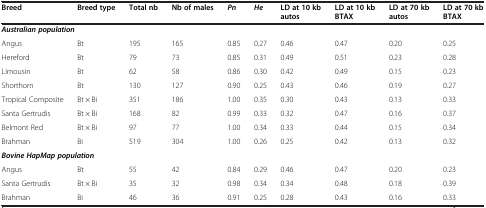
<table><thead><tr><td><b>Breed</b></td><td><b>Breed type</b></td><td><b>Total nb</b></td><td><b>Nb of males</b></td><td><b><i>Pn</i></b></td><td><b><i>He</i></b></td><td><b>LD at 10 kb autos</b></td><td><b>LD at 10 kb BTAX</b></td><td><b>LD at 70 kb autos</b></td><td><b>LD at 70 kb BTAX</b></td></tr></thead><tbody><tr><td colspan="2"><b><i>Australian population</i></b></td><td> </td><td> </td><td> </td><td> </td><td> </td><td> </td><td> </td><td> </td></tr><tr><td>Angus</td><td>Bt</td><td>195</td><td>165</td><td>0.85</td><td>0.27</td><td>0.46</td><td>0.47</td><td>0.20</td><td>0.25</td></tr><tr><td>Hereford</td><td>Bt</td><td>79</td><td>73</td><td>0.85</td><td>0.31</td><td>0.49</td><td>0.51</td><td>0.23</td><td>0.28</td></tr><tr><td>Limousin</td><td>Bt</td><td>62</td><td>58</td><td>0.86</td><td>0.30</td><td>0.42</td><td>0.49</td><td>0.15</td><td>0.23</td></tr><tr><td>Shorthorn</td><td>Bt</td><td>130</td><td>127</td><td>0.90</td><td>0.25</td><td>0.43</td><td>0.46</td><td>0.19</td><td>0.27</td></tr><tr><td>Tropical Composite</td><td>Bt × Bi</td><td>351</td><td>186</td><td>1.00</td><td>0.35</td><td>0.30</td><td>0.43</td><td>0.13</td><td>0.33</td></tr><tr><td>Santa Gertrudis</td><td>Bt × Bi</td><td>168</td><td>82</td><td>0.99</td><td>0.33</td><td>0.32</td><td>0.47</td><td>0.16</td><td>0.37</td></tr><tr><td>Belmont Red</td><td>Bt × Bi</td><td>97</td><td>77</td><td>1.00</td><td>0.34</td><td>0.33</td><td>0.44</td><td>0.15</td><td>0.34</td></tr><tr><td>Brahman</td><td>Bi</td><td>519</td><td>304</td><td>1.00</td><td>0.26</td><td>0.25</td><td>0.42</td><td>0.13</td><td>0.32</td></tr><tr><td colspan="3"><b><i>Bovine HapMap population</i></b></td><td> </td><td> </td><td> </td><td> </td><td> </td><td> </td><td> </td></tr><tr><td>Angus</td><td>Bt</td><td>55</td><td>42</td><td>0.84</td><td>0.29</td><td>0.46</td><td>0.47</td><td>0.20</td><td>0.23</td></tr><tr><td>Santa Gertrudis</td><td>Bt × Bi</td><td>35</td><td>32</td><td>0.98</td><td>0.34</td><td>0.34</td><td>0.48</td><td>0.18</td><td>0.39</td></tr><tr><td>Brahman</td><td>Bi</td><td>46</td><td>36</td><td>0.91</td><td>0.25</td><td>0.28</td><td>0.43</td><td>0.16</td><td>0.33</td></tr></tbody></table>